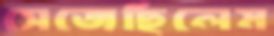
সেজেছিলেম